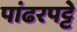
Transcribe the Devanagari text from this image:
पांढरपट्टे